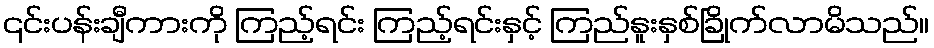
၎င်းပန်းချီကားကို ကြည့်ရင်း ကြည့်ရင်းနှင့် ကြည်နူးနှစ်ခြိုက်လာမိသည်။